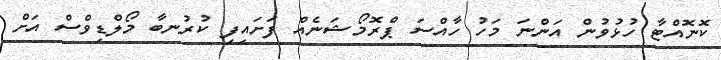
ކޮނޮއްޓާ ހުޅުވުން އަންނަ މަހު ހާއްސަ ޕްރޮމޯޝަނެއް ފަށައިފި ކުރުނބާ މޯލްޑިވްސް އަށް